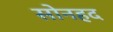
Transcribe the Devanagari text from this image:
सोनहद